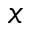
\boldsymbol { x }